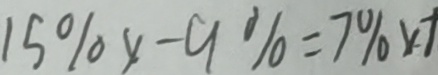
1 5 \% x - 9 \% = 7 \% x